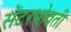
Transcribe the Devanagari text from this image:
सेंटरभोवती